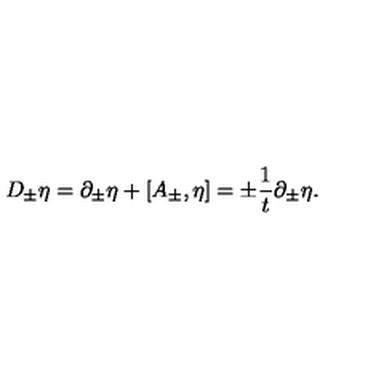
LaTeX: D _ { \pm } \eta = \partial _ { \pm } \eta + [ A _ { \pm } , \eta ] = \pm { \frac { 1 } { t } } \partial _ { \pm } \eta .